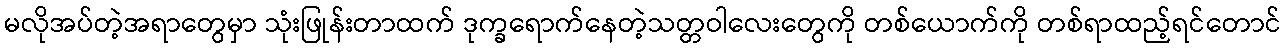
မလိုအပ်တဲ့အရာတွေမှာ သုံးဖြုန်းတာထက် ဒုက္ခရောက်နေတဲ့သတ္တဝါလေးတွေကို တစ်ယောက်ကို တစ်ရာထည့်ရင်တောင်